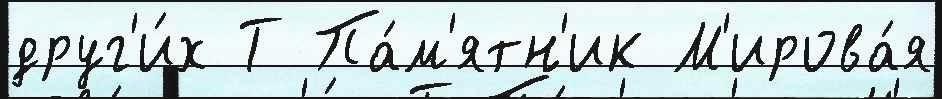
друг'и́х Т Па́м'ятн'ик М'ирова́я